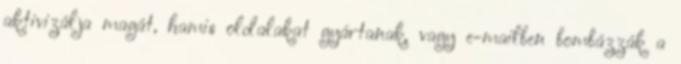
aktivizálja magát, hamis oldalakat gyártanak, vagy e-mailben bombázzák a